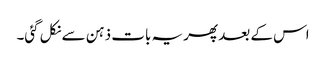
اس کے بعد پھر یہ بات ذہن سے نکل گئی۔